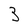
Character: 3